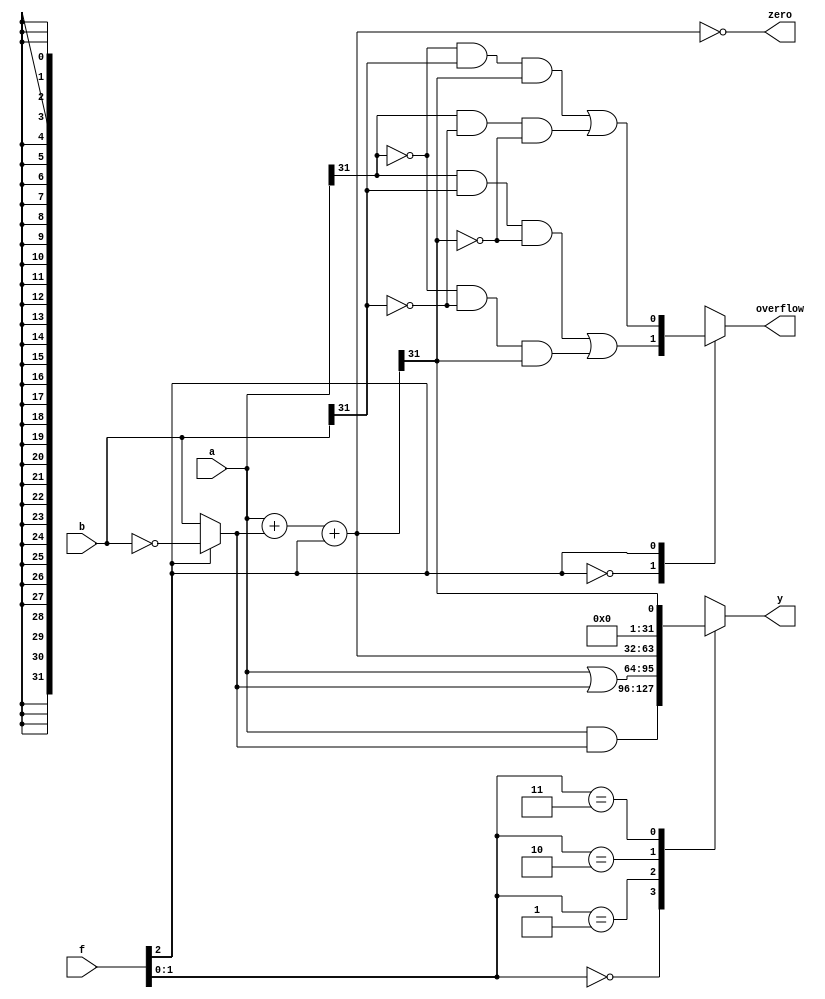
module alu#(parameter M=32)(input [M-1:0]a,input [M-1:0]b,input [2:0]f,output reg [M-1:0]y,output reg overflow,output zero);
	wire [M-1:0] s,bout;
	
	assign bout = f[2] ? ~b : b;
	assign s = a + bout + f[2];
	assign zero = s==0;
	always @(*)begin
		case(f[1:0])
		2'b00:y = a & bout;
		2'b01:y = a | bout;
		2'b10:y = s;
		2'b11:y = s[M-1];
		endcase
	end
	
	always @(*)begin
		case(f[2])
		1'b0:overflow = a[M-1] & b[M-1] & ~s[M-1] | ~a[M-1] & ~b[M-1] & s[M-1];
		1'b1:overflow = ~a[M-1] & b[M-1] & s[M-1] | a[M-1] & ~b[M-1] & ~s[M-1];
		default:overflow = 1'b0;
		endcase
	end
endmodule

module alu_tb;

	parameter M=32;
	
	reg [M-1:0] a,b;
	reg [2:0] f;
	wire [M-1:0] y;
	wire overflow;
	
	alu #(M)DUT(.a(a),.b(b),.f(f),.y(y),.overflow(overflow));
	
	initial
	begin
		a = 1;b = 2;f = 3'b010;#1;//+
		$display("a+b = %d,overflow = %d",y,overflow);#1;
		
		a = 1;b = 2;f = 3'b110;#1;//-
		$display("a-b = %d,overflow = %d",y,overflow);#1;
		
		a = 1;b = 2;f = 3'b111;#1;//slt
		$display("a slt b = %d,overflow = %d",y,overflow);#1;
		
		a = 3;b = 2;f = 3'b111;#1;//slt
		$display("a slt b = %d,overflow = %d",y,overflow);#1;
		
		a = 2147483647;b = 2;f = 3'b010;#1;//+
		$display("a+b = %d,overflow = %d",y,overflow);#1;
	end

endmodule